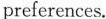
preferences.